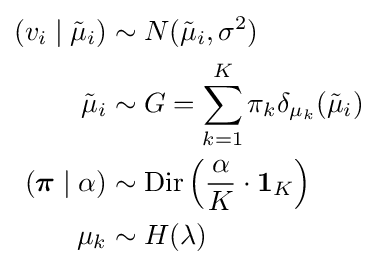
{\begin{aligned}(v_{i}\mid {\tilde {\mu }}_{i})&\sim N({\tilde {\mu }}_{i},\sigma ^{2})\\{\tilde {\mu }}_{i}&\sim G=\sum _{k=1}^{K}\pi _{k}\delta _{\mu _{k}}({\tilde {\mu }}_{i})\\({\boldsymbol {\pi }}\mid \alpha )&\sim \operatorname {Dir} \left({\frac {\alpha }{K}}\cdot \mathbf {1} _{K}\right)\\\mu _{k}&\sim H(\lambda )\end{aligned}}